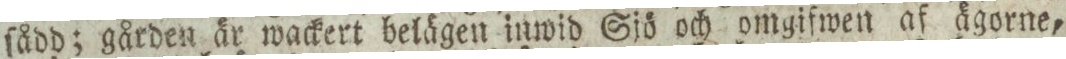
ſådd; gården är wackert belägen inwid Sjö och omgifwen af ägorne,